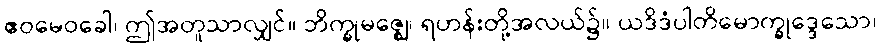
ဧဝမေဝခေါ၊ ဤအတူသာလျှင်။ ဘိက္ခုမဇ္ဈေ၊ ရဟန်းတို့အလယ်၌။ ယဒိဒံပါတိမောက္ခုဒ္ဒေသော၊